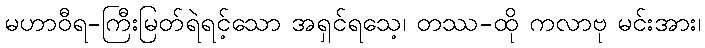
မဟာဝီရ-ကြီးမြတ်ရဲရင့်သော အရှင်ရသေ့၊ တဿ-ထို ကလာဗု မင်းအား၊